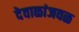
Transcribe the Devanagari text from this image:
देवाळांजवळ